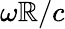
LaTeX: \omega\mathbb{R}/c